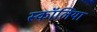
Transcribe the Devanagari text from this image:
स्कॉलिया